system: You are a helpful assistant.
user:
Analyze the provided spectrum to determine if it is a **S-type Star**.

- **Key Indicators for S-type Star:**

    - **(Overall Spectrum Shape):** The first and most obvious characteristic is the overall continuum (the "baseline" shape). It is **extremely "red-sloping,"** meaning the flux (light intensity) is very low on the left side (blue, ~4000-4500 Å) and rises steeply and continuously toward the right side (red, ~7000 Å+).

    - **(Primary):** The spectrum is defined by the presence of strong, broad molecular absorption "valleys" (bands) from **Zirconium Oxide (ZrO)**. The identification of these bands is the **primary requirement** for classifying a star as S-type.
        - **(Key Bandheads):** You must find distinct, deep "dips" where the light has been absorbed. The most critical band systems to locate are:
            - **~6474 Å** ($\gamma$-system): This is often the strongest and clearest ZrO feature, found in the red part of the spectrum.
            - **~5718 Å** & **~5551 Å** ($\beta$-system): A pair of prominent absorption features in the yellow-orange part of the spectrum.
            - **~4640 Å** ($\alpha$-system): A key absorption band system in the blue-green region of the spectrum.

    - **(Secondary Confirmation):** The classification is strengthened by finding additional absorption bands from other related heavy element oxides, which are expected to be present alongside ZrO.
        - **(Key Bandheads):**
            - **Yttrium Oxide (YO):** Look for absorption dips near **~4800 Å** and **~6100 Å**.
            - **Lanthanum Oxide (LaO):** Additional absorption features, particularly in the red-orange part of the spectrum, are also characteristic.

    - **(Line Profile):** The combination of the steep red continuum and these numerous, deep molecular bands (ZrO, YO, etc.) gives the entire spectrum a very **"chopped-up"** or **"bumpy"** appearance. Instead of a smooth curve, the spectrum looks as though large, wide chunks of light have been "carved out" of it at the specific wavelengths listed above.

Think first, call **spectral_visualization_tool** if needed to examine features in detail, then provide your final answer. Your response must adhere to the following strict rules:
1.  **Overall Structure:** Your response must follow the format `<think>...</think> <tool_call>...</tool_call> (if a tool is used) <answer>...</answer>`.
2.  **Tool Usage Constraint:** You may only make **one** tool call per turn.
3.  **Final Answer Format:** In the `<answer>` tag, your conclusion must be inside a `\boxed{}` command (e.g., `\boxed{YES}` or `\boxed{NO}`), followed by your justification.

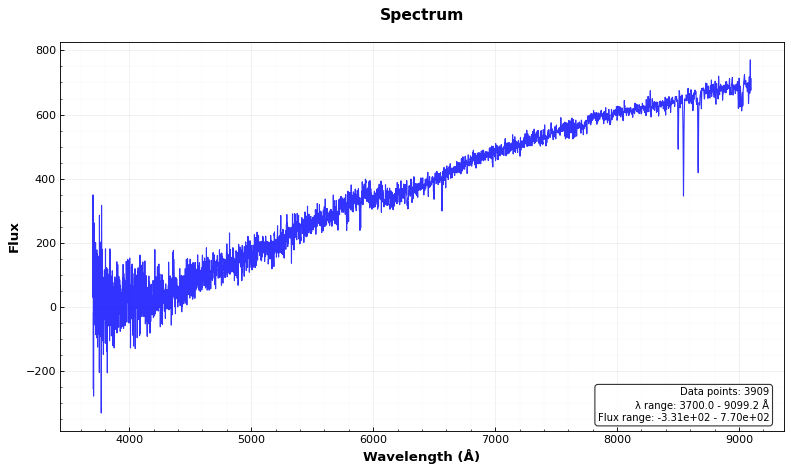
Answer: NO